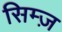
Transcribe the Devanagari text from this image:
सिम्ज़